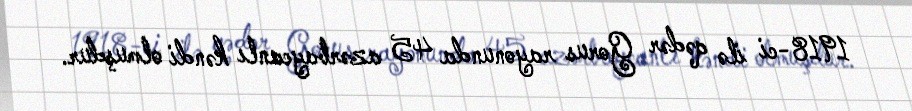
1918-ci ilə qədər Gorus rayonunda 45 azərbaycanlı kəndi olmuşdur.